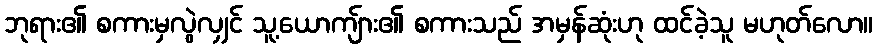
ဘုရား၏ စကားမှလွဲလျှင် သူ့ယောကျ်ား၏ စကားသည် အမှန်ဆုံးဟု ထင်ခဲ့သူ မဟုတ်လော။